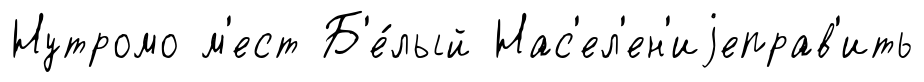
Нутромо м'ест Б'е́лый Нас'ел'ен'иjеправ'ить